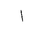
Letter: _alif